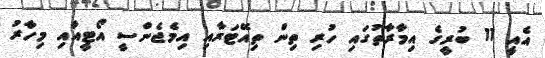
އެއީ 11 ބުރީގެ އިމާރާތުގައި ހުރި ތިން ތިއޭޓަރާއި އިމެޖެންސީ އޯޓީއާއި މިހާރު